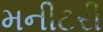
મનીટરી